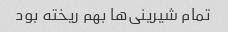
تمام شیرینی‌ها بهم ریخته بود